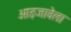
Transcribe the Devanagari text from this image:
आइजावेला